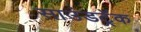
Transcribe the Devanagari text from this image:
साउंडट्रॅक